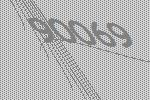
90069